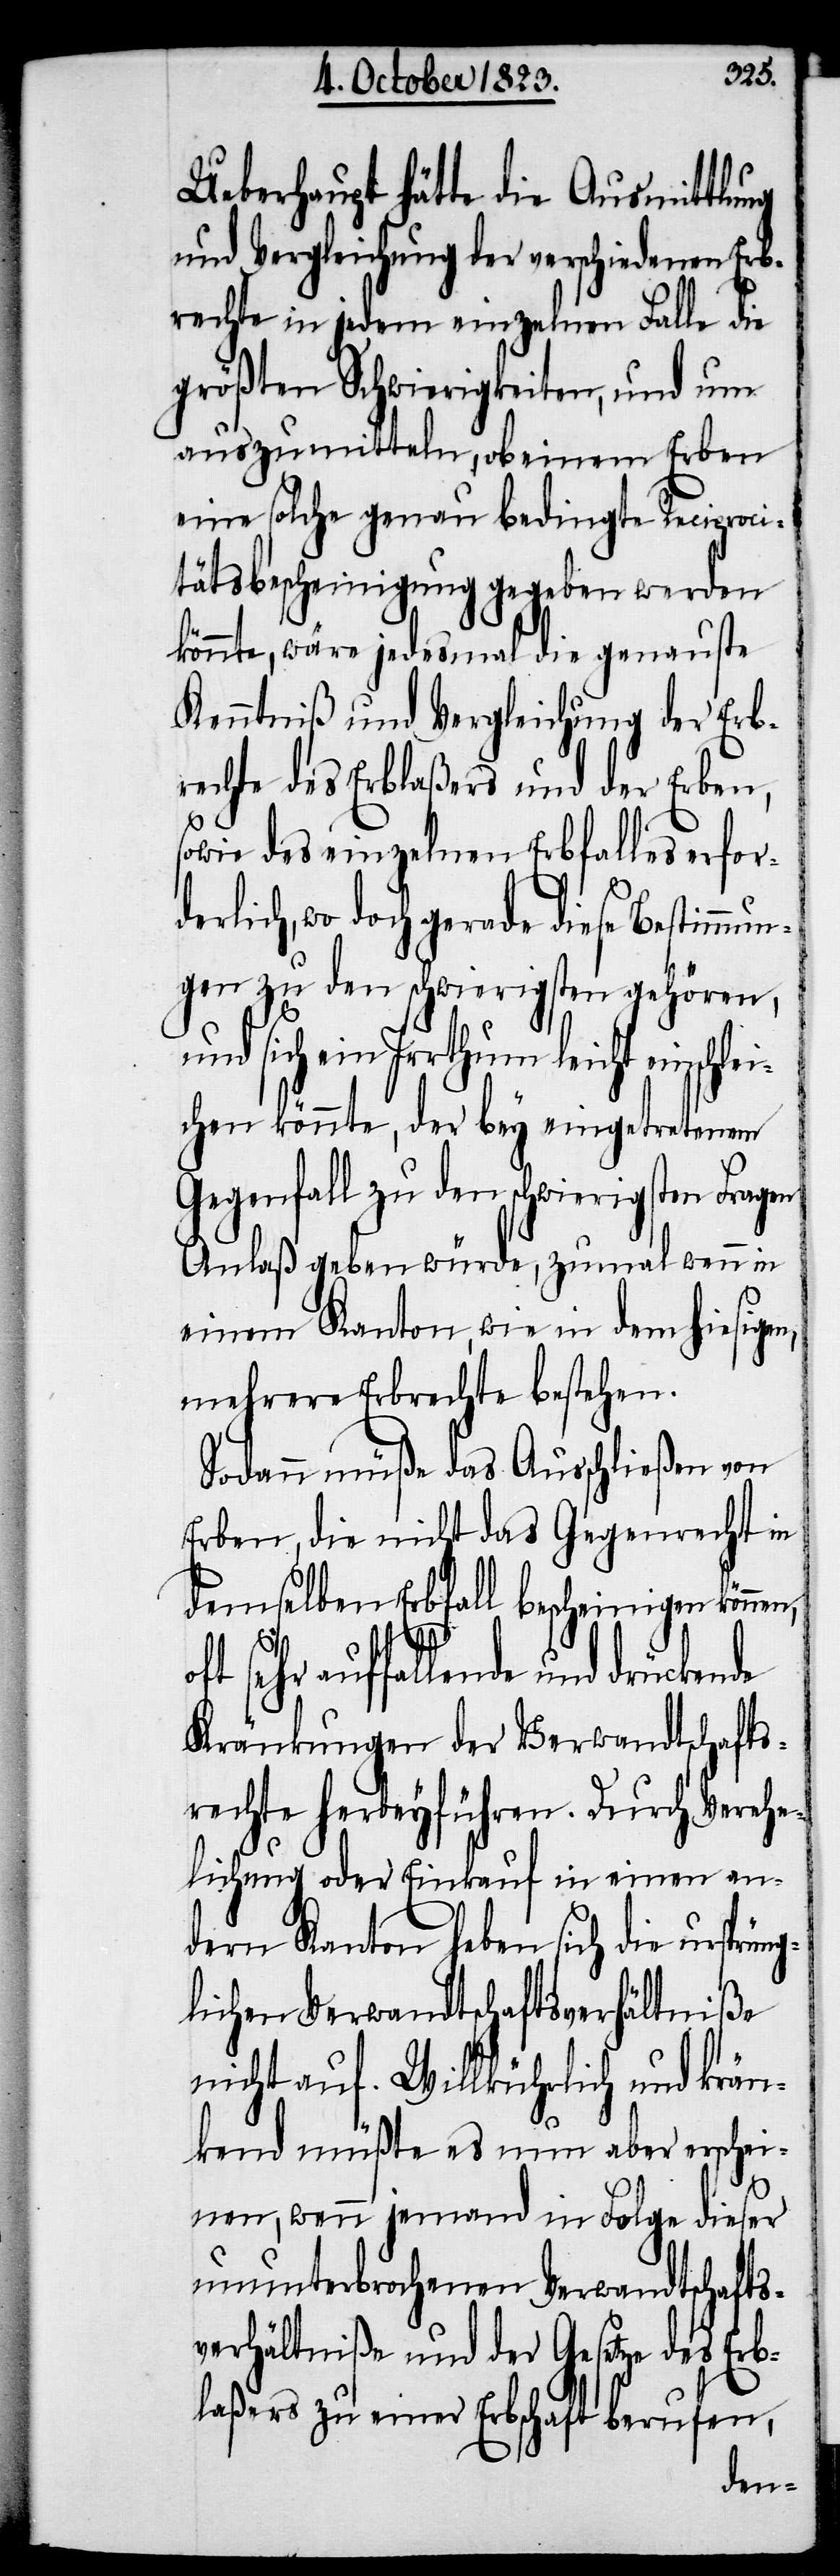
Ueberhaupt hätte die Ausmittlung
und Vergleichung der verschiedenen Erb¬
rechte in jedem einzelnen Falle die
größten Schwierigkeiten, und um
auszumitteln, ob einem Erben
eine solche genau bedingte Reciproci¬
tätsbescheinigung gegeben werden
könnte, wäre jedesmal die genauste
Kenntniß und Vergleichung der Erb¬
rechte des Erblaßers und der Erben,
sowie des einzelnen Erbfalles erforde¬
rlich, wo doch gerade diese Bestimmu¬
ngen zu den schwierigsten gehören,
und sich ein Irrthum leicht einsch¬
chen könnte, der bey eingetretenem
Gegenfall zu den schwierigsten Fragen
Anlaß geben würde, zumal wenn in
einem Kanton, wie in dem hiesig¬
mehrere Erbrechte bestehen.
Sodann müße das Ausschließen von
Erben, die nicht das Gegenrecht in
demselben Erbfall bescheinigen können,
sehr auffallende und drückende
Kränkungen der Verwandtschafts¬
rechte herbeyführen. Durch Verehe¬
lichung oder Einkauf in einen an¬
dern Kanton heben sich die ursprüng¬
lichen Verwandtschaftsverhältniße
nicht auf. Willkührlich und krän¬
kend müßte es nun aber erschei¬
nen, wenn jemand in Folge dieser
ununterbrochenen Verwandtschafts¬
verhältniße und der Gesetze des Erb¬
laßers zu einer Erbschaft berufen,
en,